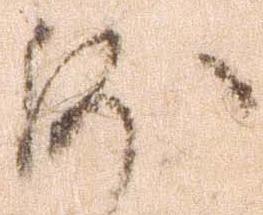
沙